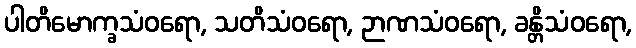
ပါတိမောက္ခသံဝရော, သတိသံဝရော, ဉာဏသံဝရော, ခန္တိသံဝရော,